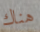
هناك